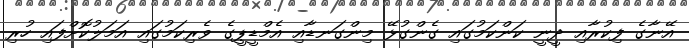
އޭނާގެ ފިކުރާއި ދީނީ ކަންކަމުގައި ގެންގުޅޭ މިންގަނޑާއި އެމްޑީޕީގެ ވެރިކަމުގައި އަމަލުކޮށްފައި ހުރި